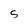
Character: S